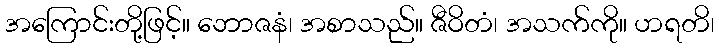
အကြောင်းတို့ဖြင့်။ ဘောဇနံ၊ အစာသည်။ ဇီဝိတံ၊ အသက်ကို။ ဟရတိ၊